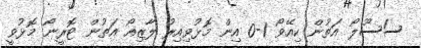
ސަސޫލޯ އަތުން ކިއޭވޯ 1-0 އިން މޮޅުވިއިރު ލާޒިއޯ އަތުން ޓޮރީނޯ މޮޅުވީ